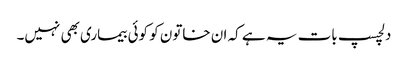
دلچسپ بات یہ ہے کہ ان خاتون کو کوئی بیماری بھی نہیں۔